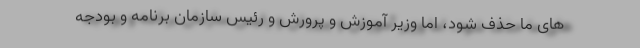
های ما حذف شود، اما وزیر آموزش و پرورش و رئیس سازمان برنامه و بودجه